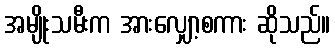
အမျိုးသမီးက အားလျှော့စကား ဆိုသည်။